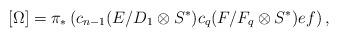
LaTeX: \begin{align*} [\Omega] = \pi_*\left( c_{n-1}(E/D_1\otimes S^*) c_q(F/F_q\otimes S^*) ef \right),\end{align*}